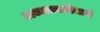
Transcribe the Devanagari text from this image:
अध्यात्मबोधार्थ